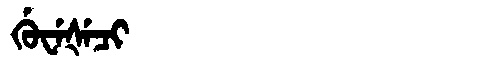
Manchu: ᡤᡠᠸᡝᡧᡝᠴᡳ
Romanization: GUWEŠECI